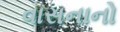
વાસનાનો